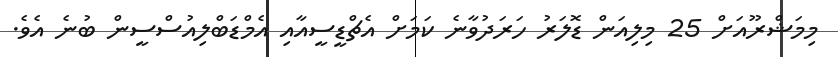
މިމަޝްރޫއަށް 25 މިލިއަން ޑޮލަރު ހަރަދުވާނެ ކަމަށް އެޗްޑީސީއާއި އެމްޑަބްލިއުސްސީން ބުނެ އެވެ.